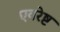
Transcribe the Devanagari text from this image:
एवरेष्ट